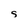
Character: s